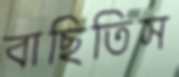
বাছিতিস